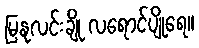
မြနုလင်းချို လရောင်ပျိုရေ။